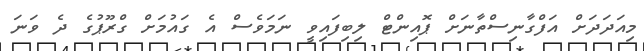
މިއަދަދަށް އަފްގާނިސްތާނަށް ޕޮއިންޓް ލިބިފައިވީ ނަމަވެސް އެ ގައުމަށް ގްރޫޕުގެ ދެ ވަނަ